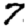
Digit: 7